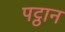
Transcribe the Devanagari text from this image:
पट्ठान